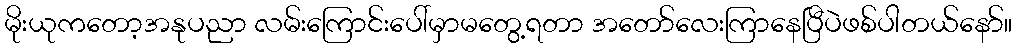
မိုးယုကတော့အနုပညာ လမ်းကြောင်းပေါ်မှာမတွေ့ရတာ အတော်လေးကြာနေပြီပဲဖစ်ပါတယ်နော်။